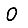
Digit: 0